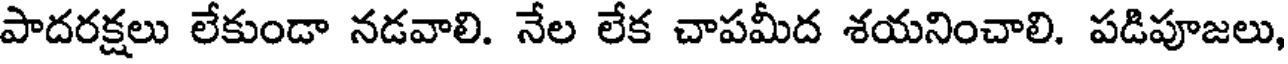
పాదరక్షలు లేకుండా నడవాలి. నేల లేక చాపమీద శయనించాలి. పడిపూజలు,